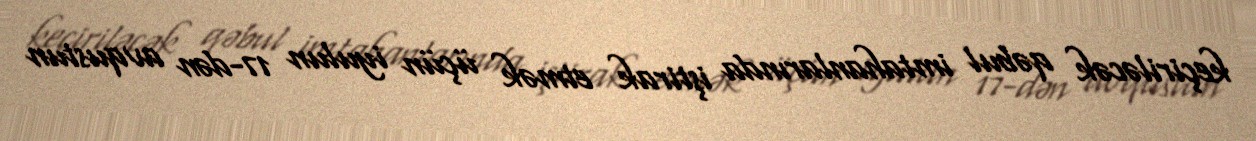
keçiriləcək qəbul imtahanlarında iştirak etmək üçün iyulun 17-dən avqustun